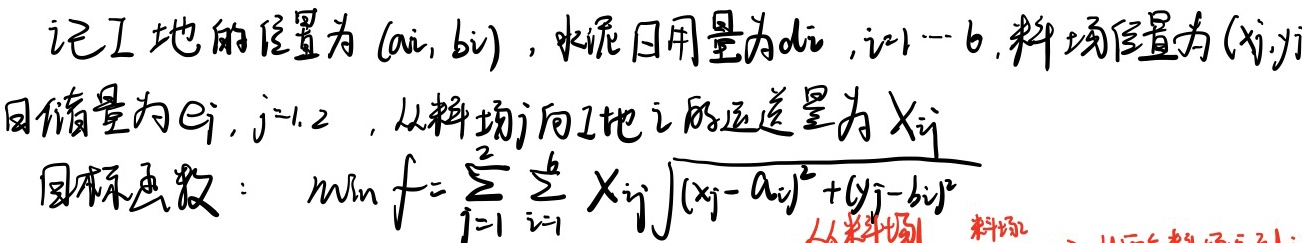
记工地的位置为\((a_i, b_i)\)，水泥日用量为\(d_i\)，\(i = 1\cdots 6\)，料场位置为\((x_j,y_j)\)，日储量为\(e_j\)，\(j = 1,2\)，从料场\(j\)向工地\(i\)的运送量为\(x_{ij}\)。

目标函数：\(\min f=\sum_{j = 1}^{2}\sum_{i = 1}^{6}x_{ij}\sqrt{(x_j - a_i)^2+(y_j - b_i)^2}\)